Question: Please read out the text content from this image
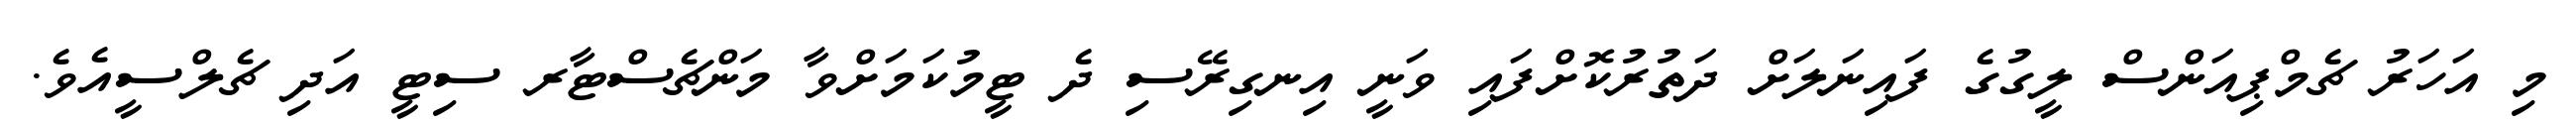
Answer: މި އަހަރު ޗެމްޕިއަންސް ލީގުގެ ފައިނަލަށް ދަތުރުކޮށްފައި ވަނީ އިނގިރޭސި ދެ ޓީމުކަމަށްވާ މަންޗެސްޓާރ ސިޓީ އަދި ޗެލްސީއެވެ.